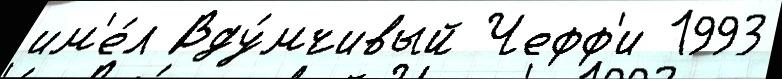
им'е́л Вду́мчивый Чефф'и 1993